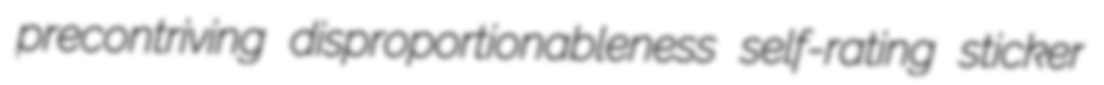
precontriving disproportionableness self-rating sticker